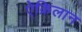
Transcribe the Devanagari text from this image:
ऐक्रिलान